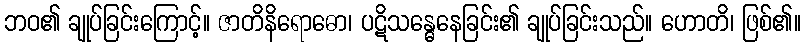
ဘဝ၏ ချုပ်ခြင်းကြောင့်။ ဇာတိနိရောဓော၊ ပဋိသန္ဓေနေခြင်း၏ ချုပ်ခြင်းသည်။ ဟောတိ၊ ဖြစ်၏။